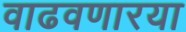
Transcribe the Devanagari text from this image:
वाढवणारया